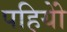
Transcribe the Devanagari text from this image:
पहियोें